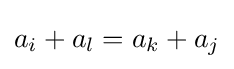
a_{i}+a_{l}=a_{k}+a_{j}